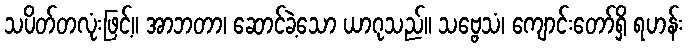
သပိတ်တလုံးဖြင့်။ အာဘတာ၊ ဆောင်ခဲ့သော ယာဂုသည်။ သဗ္ဗေသံ၊ ကျောင်းတော်ရှိ ရဟန်း